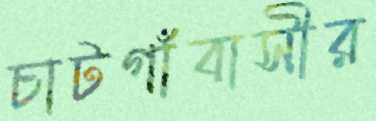
চাটগাঁবাসীর